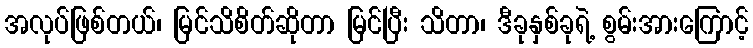
အလုပ်ဖြစ်တယ်၊ မြင်သိစိတ်ဆိုတာ မြင်ပြီး သိတာ၊ ဒီခုနှစ်ခုရဲ့ စွမ်းအားကြောင့်